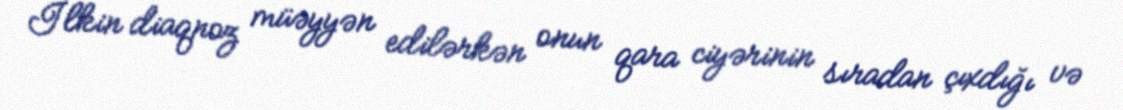
İlkin diaqnoz müəyyən edilərkən onun qara ciyərinin sıradan çıxdığı və